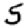
Digit: 5